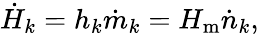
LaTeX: {\dot{H}}_{k}=h_{k}{\dot{m}}_{k}=H_{\mathrm{m}}{\dot{n}}_{k},